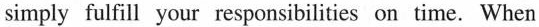
simply fulfill your responsibilities on time. When